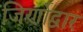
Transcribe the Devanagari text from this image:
जिर्णोद्वार